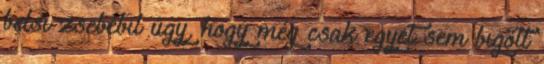
belsı zsebébıl úgy, hogy még csak egyet sem bıgött